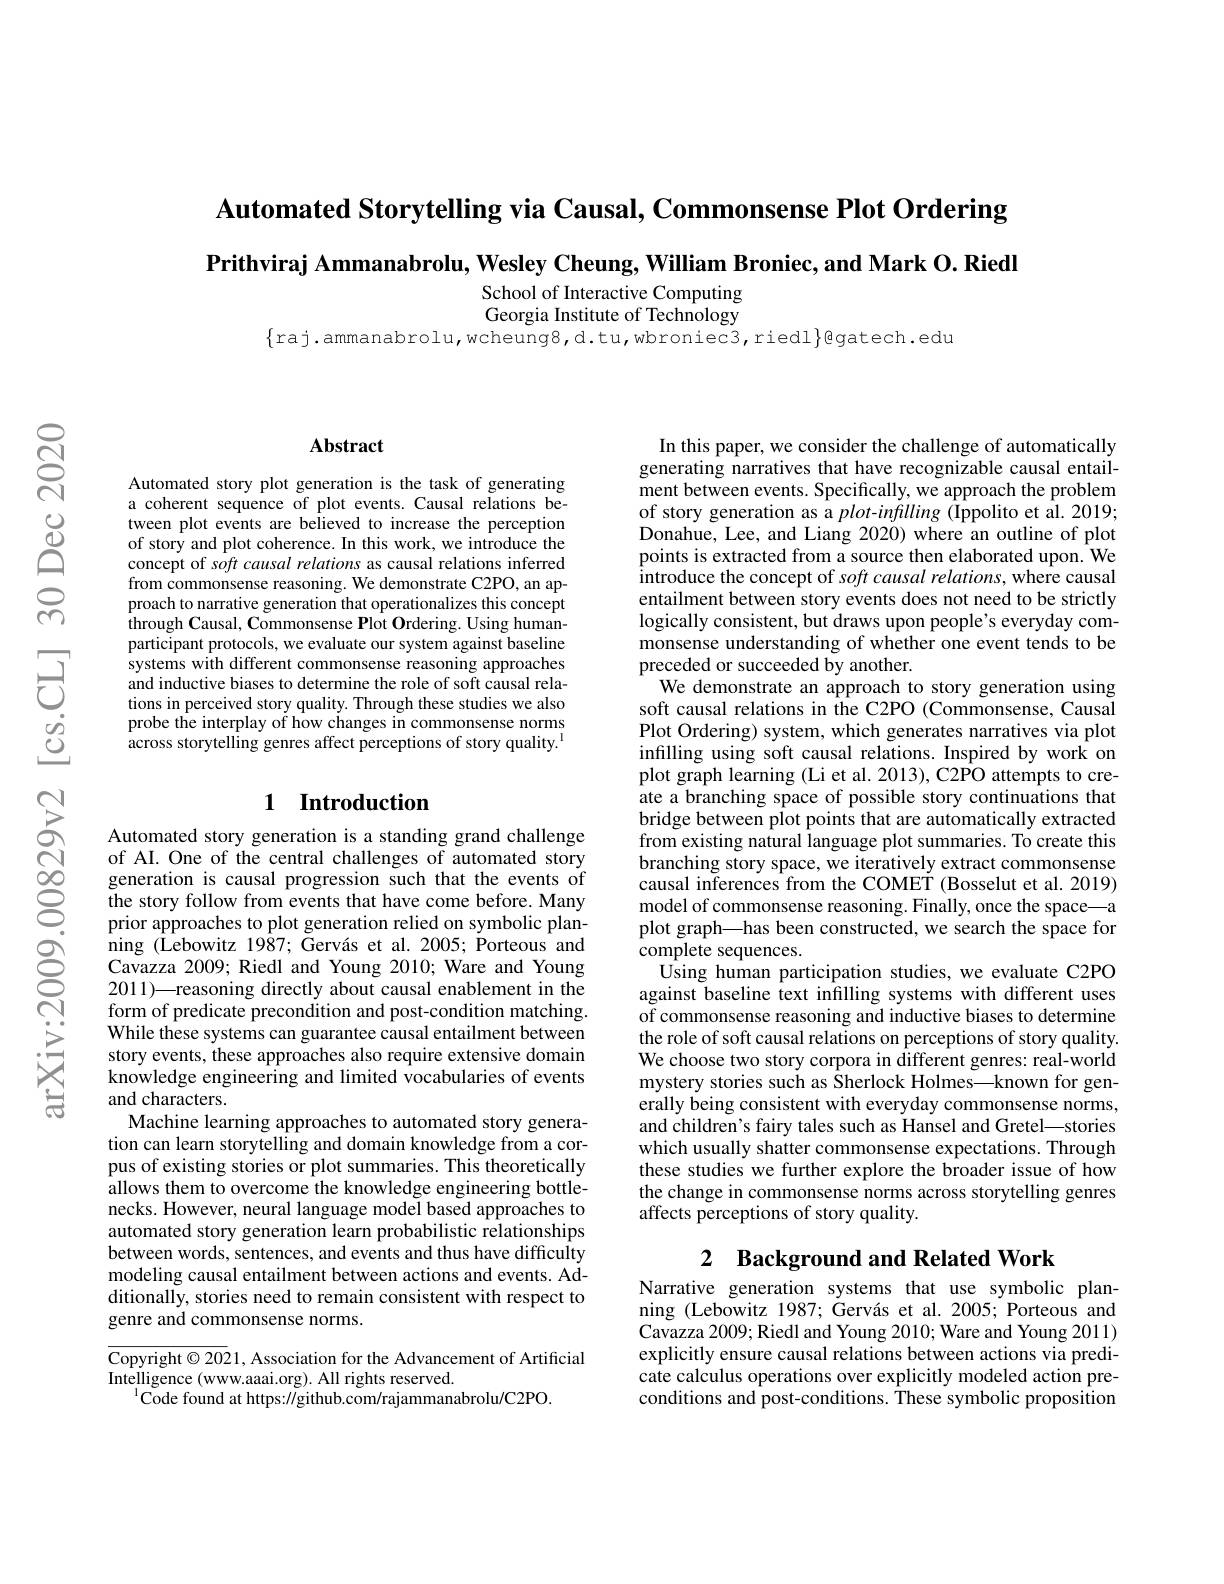
Automated Storytelling via Causal, Commonsense Plot Ordering

Prithviraj Ammanabrolu, Wesley Cheung, William Broniec, and Mark O. Riedl

School of Interactive Computing

Georgia Institute of Technology

$\{$raj.ammanabrolu,wcheung8,d.tu,wbroniec3,riedl$\}$gatech.edu

## Abstract

Automated story plot generation is the task of generating a coherent sequence of plot events. Causal relations between plot events are believed to increase the perception of story and plot coherence. In this work, we introduce the concept of soft causal relations as causal relations inferred from commonsense reasoning. We demonstrate C2PO, an approach to narrative generation that operationalizes this concept through Causal, Commonsense Plot Ordering. Using humanparticipant protocols, we evaluate our system against baseline systems with different commonsense reasoning approaches and inductive biases to determine the role of soft causal relations in perceived story quality. Through these studies we also probe the interplay of how changes in commonsense norms across storytelling genres affect perceptions of story quality.$^{\mathrm{l}}$

## 1 Introduction

Automated story generation is a standing grand challenge of AI. One of the central challenges of automated story generation is causal progression such that the events of the story follow from events that have come before. Many prior approaches to plot generation relied on symbolic planning ( $\hat {\text{Lebowitz 1987; Gerv\'{a} s et al. 2005; Porteous }and}$ Cavazza 2009; Riedl and Young 2010; Ware and Young 2011)—reasoning directly about causal enablement in the form of predicate precondition and post-condition matching. While these systems can guarantee causal entailment between story events, these approaches also require extensive domain knowledge engineering and limited vocabularies of events and characters.
Machine learning approaches to automated story generation can learn storytelling and domain knowledge from a corpus of existing stories or plot summaries. This theoretically ${\text{allows them to overcome the knowledge engineering bottle-}}$ necks. However, neural language model based approaches to automated story generation learn probabilistic relationships between words, sentences, and events and thus have difficulty modeling causal entailment between actions and events. Additionally, stories need to remain consistent with respect to genre and commonsense norms.

$\overline{\text{Copyright©202}}$1, Association for the Advancement of Artificial
Intelligence (www.aaai.org). All rights reserved.
$^{1}\bar{\text{Code found at https:}//\text{github.com/rajammanabrolu/C2PO}}$

In this paper, we consider the challenge of automatically generating narratives that have recognizable causal entailment between events. Specifically, we approach the problem of story generation as a plot-infilling (Ippolito et al. 2019; Donahue, Lee, and Liang 2020) where an outline of plot points is extracted from a source then elaborated upon. We introduce the concept of soft causal relations, where causal entailment between story events does not need to be strictly logically consistent, but draws upon people's everyday commonsense understanding of whether one event tends to be preceded or succeeded by another.
We demonstrate an approach to story generation using soft causal relations in the C2PO (Commonsense, Causal Plot Ordering) system, which generates narratives via plot infilling using soft causal relations. Inspired by work on plot graph learning (Li et al. 2013), C2PO attempts to create a branching space of possible story continuations that bridge between plot points that are automatically extracted from existing natural language plot summaries. To create this branching story space, we iteratively extract commonsense causal inferences from the COMET (Bosselut et al. 2019) model of commonsense reasoning. Finally, once the space—a plot graph—has been constructed, we search the space for complete sequences.
$\hat{\text{Using human participation studies, we evaluate C2PO}}$ against baseline text infilling systems with different uses of commonsense reasoning and inductive biases to determine the role of soft causal relations on perceptions of story quality. We choose two story corpora in different genres: real-world mystery stories such as Sherlock Holmes—known for generally being consistent with everyday commonsense norms, and children's fairy tales such as Hansel and Gretel—stories which usually shatter commonsense expectations. Through these studies we further explore the broader issue of how the change in commonsense norms across storytelling genres affects perceptions of story quality.
2 Background and Related Work

Narrative generation systems that use symbolic planning (Lebowitz 1987; Gervás et al. 2005; Porteous and Cavazza 2009; Riedl and Young 2010; Ware and Young 2011) explicitly ensure causal relations between actions via predicate calculus operations over explicitly modeled action preconditions and post-conditions. These symbolic proposition